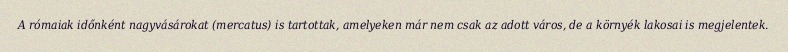
A rómaiak időnként nagyvásárokat (mercatus) is tartottak, amelyeken már nem csak az adott város, de a környék lakosai is megjelentek.